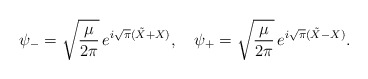
\begin{align*}\psi_- = \sqrt{{\mu\over 2\pi}}\, e^{i\sqrt{\pi}( \tilde X+X)},\quad\psi_+ = \sqrt{{\mu\over 2\pi}}\, e^{i\sqrt{\pi}( \tilde X-X)}.\end{align*}